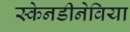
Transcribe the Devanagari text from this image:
स्केनडीनेविया